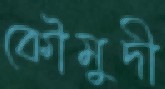
কৌমুদী